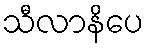
သီလာနိပေ